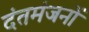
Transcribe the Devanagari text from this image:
दंतमंजनों